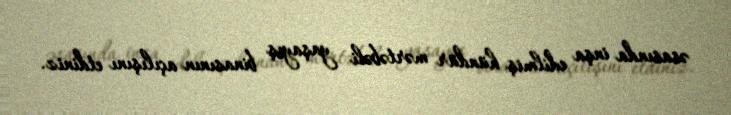
əsasında inşa edilmiş hündür mərtəbəli yaşayış binasının açılışını etdiniz.